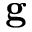
\mathbf { g }